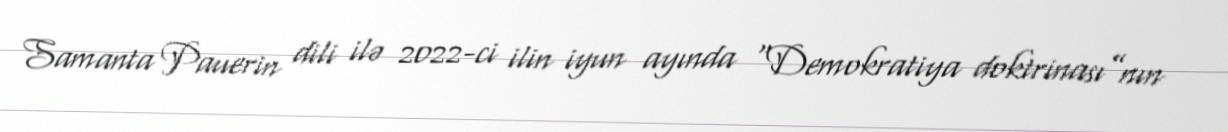
Samanta Pauerin dili ilə 2022-ci ilin iyun ayında “Demokratiya doktrinası”nın